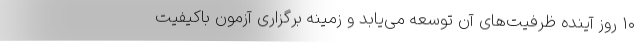
۱۰ روز آینده ظرفیت‌های آن توسعه می‌یابد و زمینه برگزاری آزمون باکیفیت